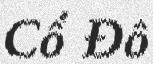
Cổ Đô